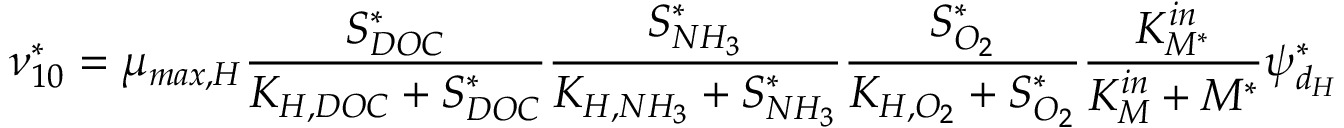
\nu _ { 1 0 } ^ { * } = \mu _ { m a x , H } \frac { S _ { D O C } ^ { * } } { K _ { H , D O C } + S _ { D O C } ^ { * } } \frac { S _ { N H _ { 3 } } ^ { * } } { K _ { H , N H _ { 3 } } + S _ { N H _ { 3 } } ^ { * } } \frac { S _ { O _ { 2 } } ^ { * } } { K _ { H , O _ { 2 } } + S _ { O _ { 2 } } ^ { * } } \frac { K _ { M ^ { * } } ^ { i n } } { K _ { M } ^ { i n } + M ^ { * } } \psi _ { d _ { H } } ^ { * }